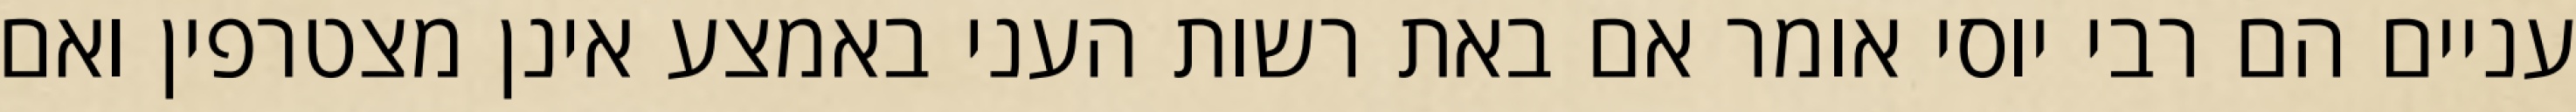
עניים הם רבי יוסי אומר אם באת רשות העני באמצע אינן מצטרפין ואם